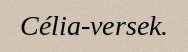
Célia-versek.